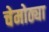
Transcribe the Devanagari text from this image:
चेमोठ्या